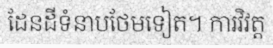
ដែនដីទំនាបថែមទៀត។ ការវិវត្ត